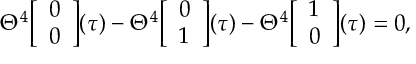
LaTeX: \Theta ^ { 4 } \Big [ \begin{array} { c } { { 0 } } \\ { { 0 } } \end{array} \Big ] ( \tau ) - \Theta ^ { 4 } \Big [ \begin{array} { c } { { 0 } } \\ { { 1 } } \end{array} \Big ] ( \tau ) - \Theta ^ { 4 } \Big [ \begin{array} { c } { { 1 } } \\ { { 0 } } \end{array} \Big ] ( \tau ) = 0 ,